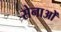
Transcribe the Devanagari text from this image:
सेनाओें